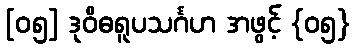
[၀၅] ဒုဝိဓရူပသင်္ဂဟ အဖွင့် {၀၅}